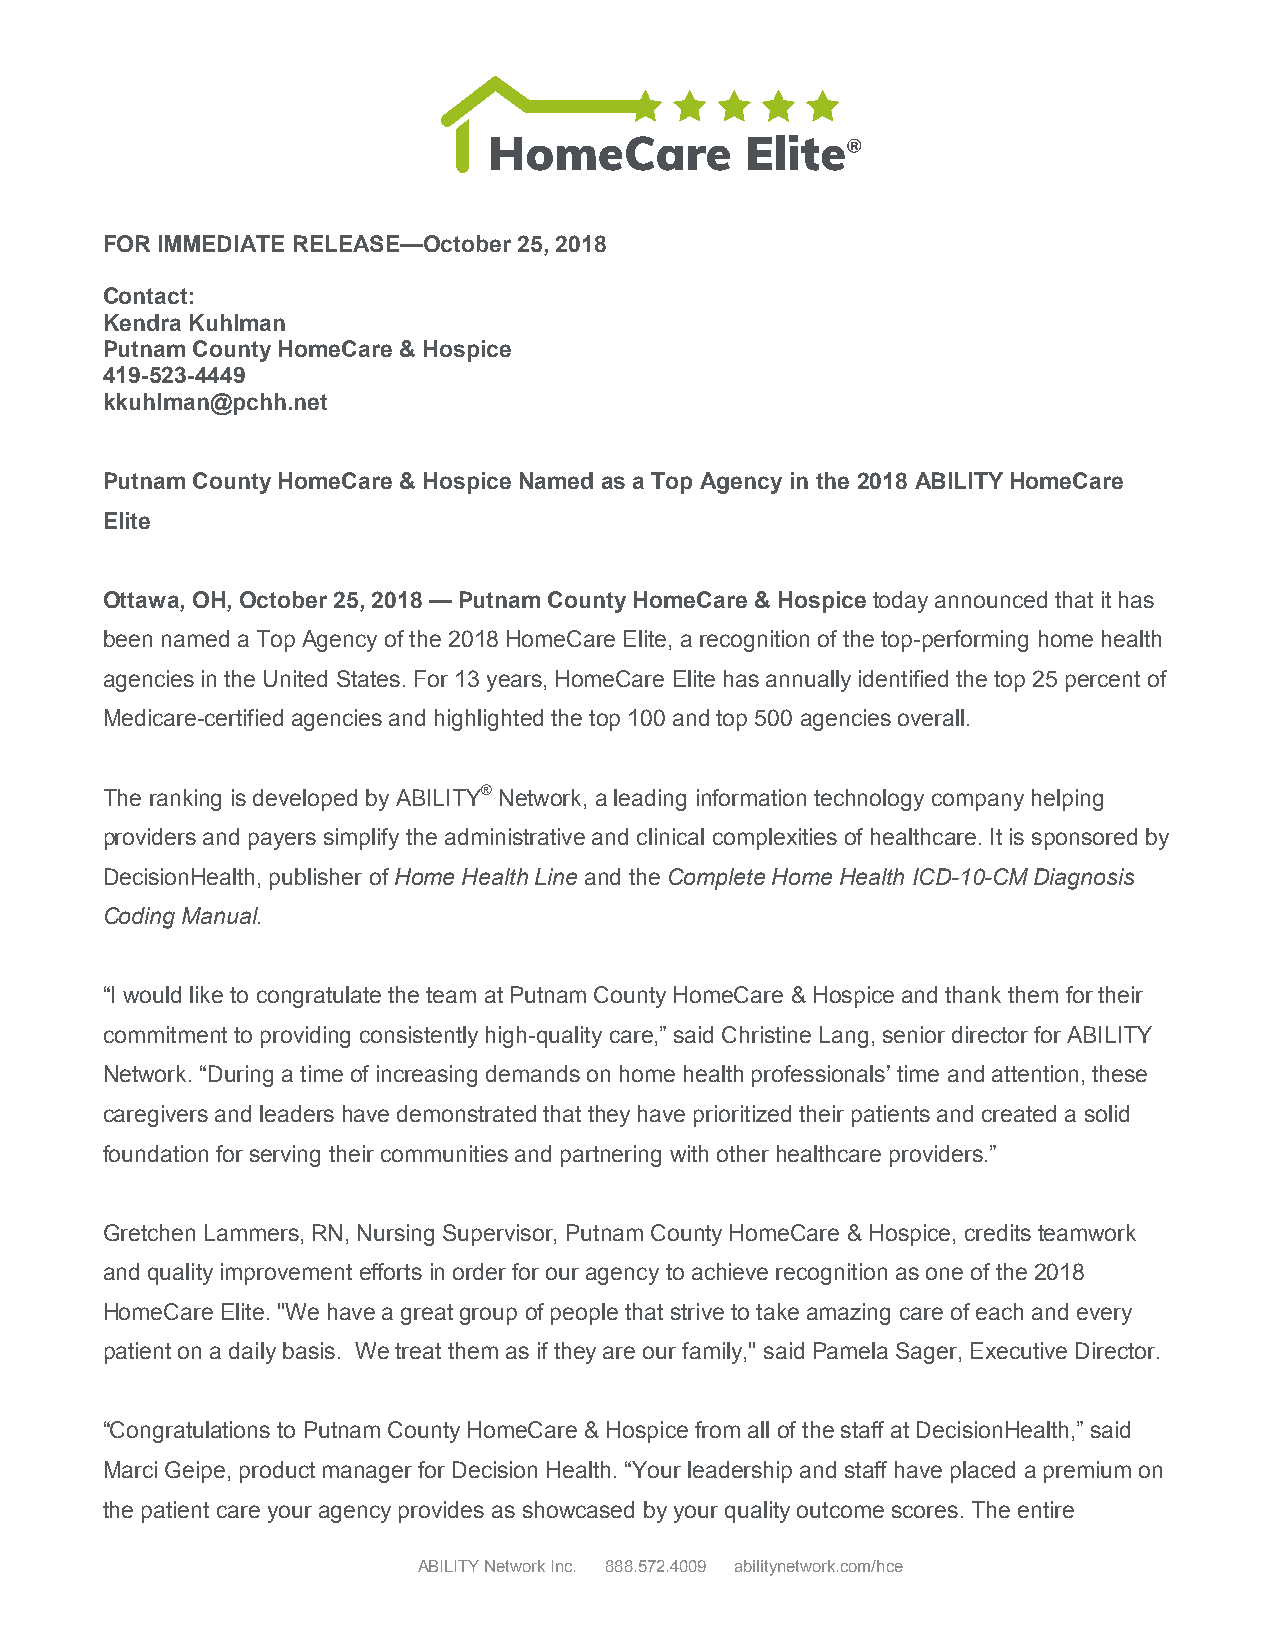
FOR IMMEDIATE RELEASE—October 25, 2018
 Contact:
 Kendra Kuhlman
 Putnam County HomeCare & Hospice
 419-523-4449
 kkuhlman@pchh.net
 Putnam County HomeCare & Hospice Named as a Top Agency in the 2018 ABILITY HomeCare
 Elite
 Ottawa, OH, October 25, 2018 — Putnam County HomeCare & Hospice today announced that it has
 been named a Top Agency of the 2018 HomeCare Elite, a recognition of the top-performing home health
 agencies in the United States. For 13 years, HomeCare Elite has annually identified the top 25 percent of
 Medicare-certified agencies and highlighted the top 100 and top 500 agencies overall.
 The ranking is developed by ABILITY® Network, a leading information technology company helping
 providers and payers simplify the administrative and clinical complexities of healthcare. It is sponsored by
 DecisionHealth, publisher of Home Health Line and the Complete Home Health ICD-10-CM Diagnosis
 Coding Manual.
 “I would like to congratulate the team at Putnam County HomeCare & Hospice and thank them for their
 commitment to providing consistently high-quality care,” said Christine Lang, senior director for ABILITY
 Network. “During a time of increasing demands on home health professionals’ time and attention, these
 caregivers and leaders have demonstrated that they have prioritized their patients and created a solid
 foundation for serving their communities and partnering with other healthcare providers.”
 Gretchen Lammers, RN, Nursing Supervisor, Putnam County HomeCare & Hospice, credits teamwork
 and quality improvement efforts in order for our agency to achieve recognition as one of the 2018
 HomeCare Elite. "We have a great group of people that strive to take amazing care of each and every
 patient on a daily basis. We treat them as if they are our family," said Pamela Sager, Executive Director.
 “Congratulations to Putnam County HomeCare & Hospice from all of the staff at DecisionHealth,” said
 Marci Geipe, product manager for Decision Health. “Your leadership and staff have placed a premium on
 the patient care your agency provides as showcased by your quality outcome scores. The entire
 ABILITY Network Inc. 888.572.4009 abilitynetwork.com/hce